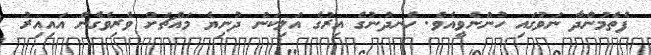
ފެތެމުންދާ ނަވުގައި ހުންނެވީއެވެ. ހެނދުނުގެ އިރުގެ އަލިކަން ދުނިޔެ މައްޗަށް ވެރިވެގެން އައިއިރު